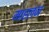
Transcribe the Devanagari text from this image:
माहलज